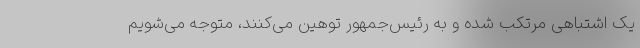
یک اشتباهی مرتکب شده و به رئیس‌جمهور توهین می‌کنند، متوجه می‌شویم